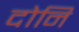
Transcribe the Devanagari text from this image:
दोनि